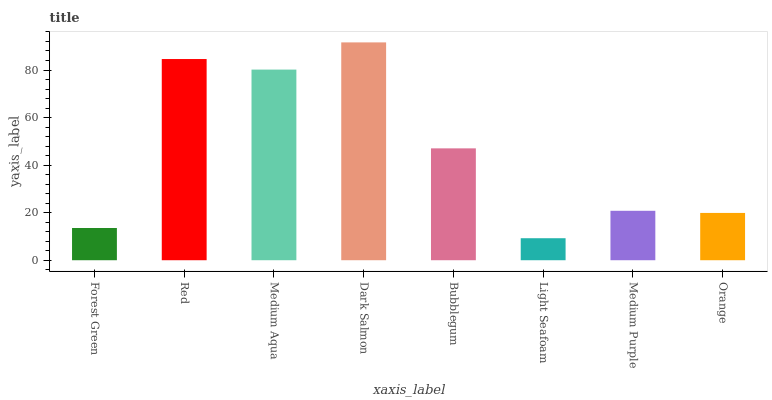
| xaxis_label | bars |
 | --- | --- |
 | Forest Green | 13.6 |
 | Red | 84.6 |
 | Medium Aqua | 80.2 |
 | Dark Salmon | 91.6 |
 | Bubblegum | 47.1 |
 | Light Seafoam | 9.26 |
 | Medium Purple | 20.8 |
 | Orange | 19.9 |